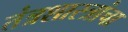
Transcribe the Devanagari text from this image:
तंत्रशास्त्रांचा